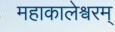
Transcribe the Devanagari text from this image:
महाकालेश्वरम्